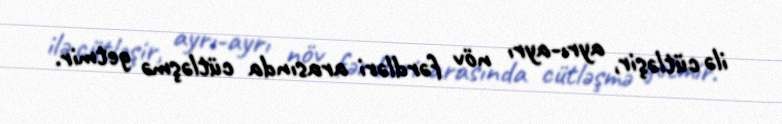
ilə cütləşir, ayrı-ayrı növ fərdləri arasında cütləşmə getmir.